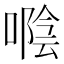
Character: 𠽛